Cholera in southern India
Disease focus: Cholera
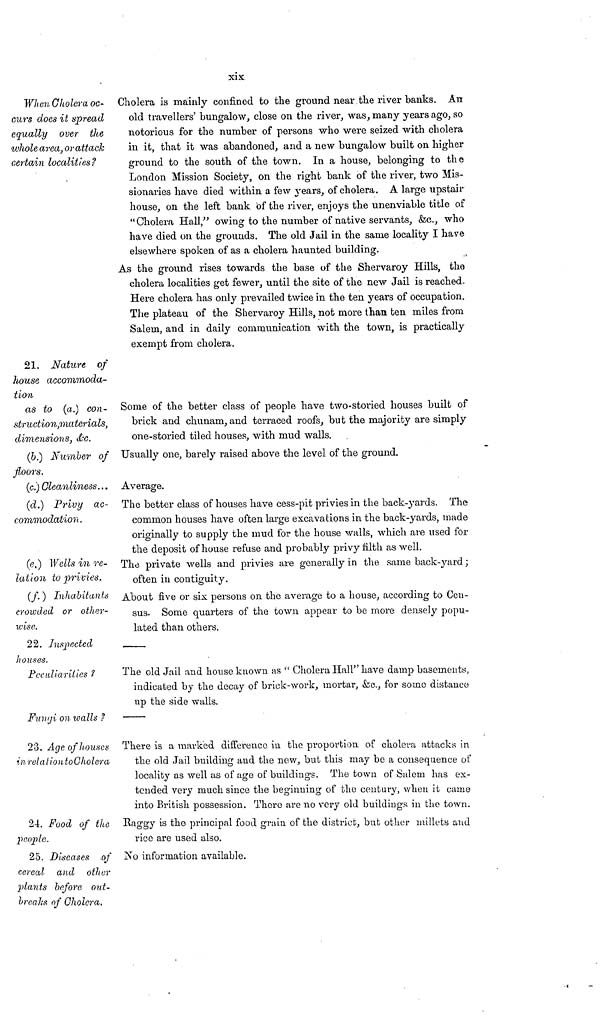
xix
When Cholera oc-
curs does it spread
equally over the
whole area, or attack
certain localities?
Cholera is mainly confined to the ground near the river banks. An
old travellers' bungalow, close on the river, was, many years ago, so
notorious for the number of persons who were seized with cholera
in it, that it was abandoned, and a new bungalow built on higher
ground to the south of the town. In a house, belonging to the
London Mission Society, on the right bank of the river, two Mis-
sionaries have died within a few years, of cholera. A large upstair
house, on the left bank of the river, enjoys the unenviable title of
"Cholera Hall," owing to the number of native servants, &c., who
have died on the grounds. The old Jail in the same locality I have
elsewhere spoken of as a cholera haunted building.
As the ground rises towards the base of the Shervaroy Hills, the
cholera localities get fewer, until the site of the new Jail is reached-
Here cholera has only prevailed twice in the ten years of occupation.
The plateau of the Shervaroy Hills, not more than ten miles from
Salem, and in daily communication with the town, is practically
exempt from cholera.
21. Nature of
house accommoda-
tion
as to (a.) con-
struction,materials,
dimensions, &c..
Some of the better class of people have two-storied houses built of
brick and chunam, and terraced roofs, but the majority are simply
one-storied tiled houses, with mud walls.
(b.) Number of
floors.
Usually one, barely raised above the level of the ground.
(c.) Cleanliness... Average.
(d.) Privy ac-
commodation.
The better class of houses have cess-pit privies in the back-yards. The
common houses have often large excavations in the back-yards, made
originally to supply the mud for the house walls, which are used for
the deposit of house refuse and probably privy tilth as well.
(e.) Wells in re-
lation to privies.
The private wells and privies are generally in the same back-yard ;
often in contiguity.
(f. ) Inhabitants
crowded or other-
wise.
About five or six persons on the average to a house, according to Cen-
sus. Some quarters of the town appear to be more densely popu-
lated than others.
22. Inspected
houses.
Peculiarities ?
The old Jail and house known as " Cholera Hall" have damp basements,
indicated by the decay of brick-work, mortar, &c., for some distance
up the side walls.
Fungi on walls ?
23. Age of houses
in-relation to Oholera
There is a marked difference in the proportion of choleva attacks in
the old Jail building and the new, but this may be a consequence of
locality as well as of age of buildings. The town of Salem has ex-
tended very much since the beginning of the century, when it came
into British possession. There are no very old buildings in the town.
24. Food of the
people.
Raggy is the principal food grain of the district, but other millets and
rice are used also.
25. Diseases of
cereal and other
plants before out-
breaks of Cholera.
No information available.